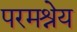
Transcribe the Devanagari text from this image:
परमश्रेय